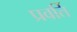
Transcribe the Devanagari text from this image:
प्रवर्ति